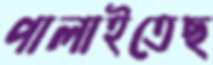
পালাইতেছ